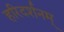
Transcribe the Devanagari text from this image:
हरिदर्शनम्